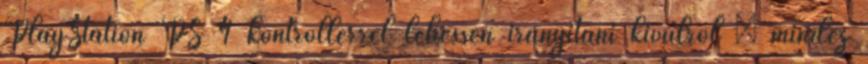
PlayStation PS 4 kontrollerrel lehessen irányítani kívülről – mindez